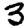
Digit: 3